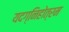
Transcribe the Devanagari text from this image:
यदग्निहोत्रम